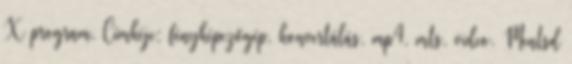
X program. Címkéje: fényképezőgép, konvertálás, mp4, mts, video. Mentsd